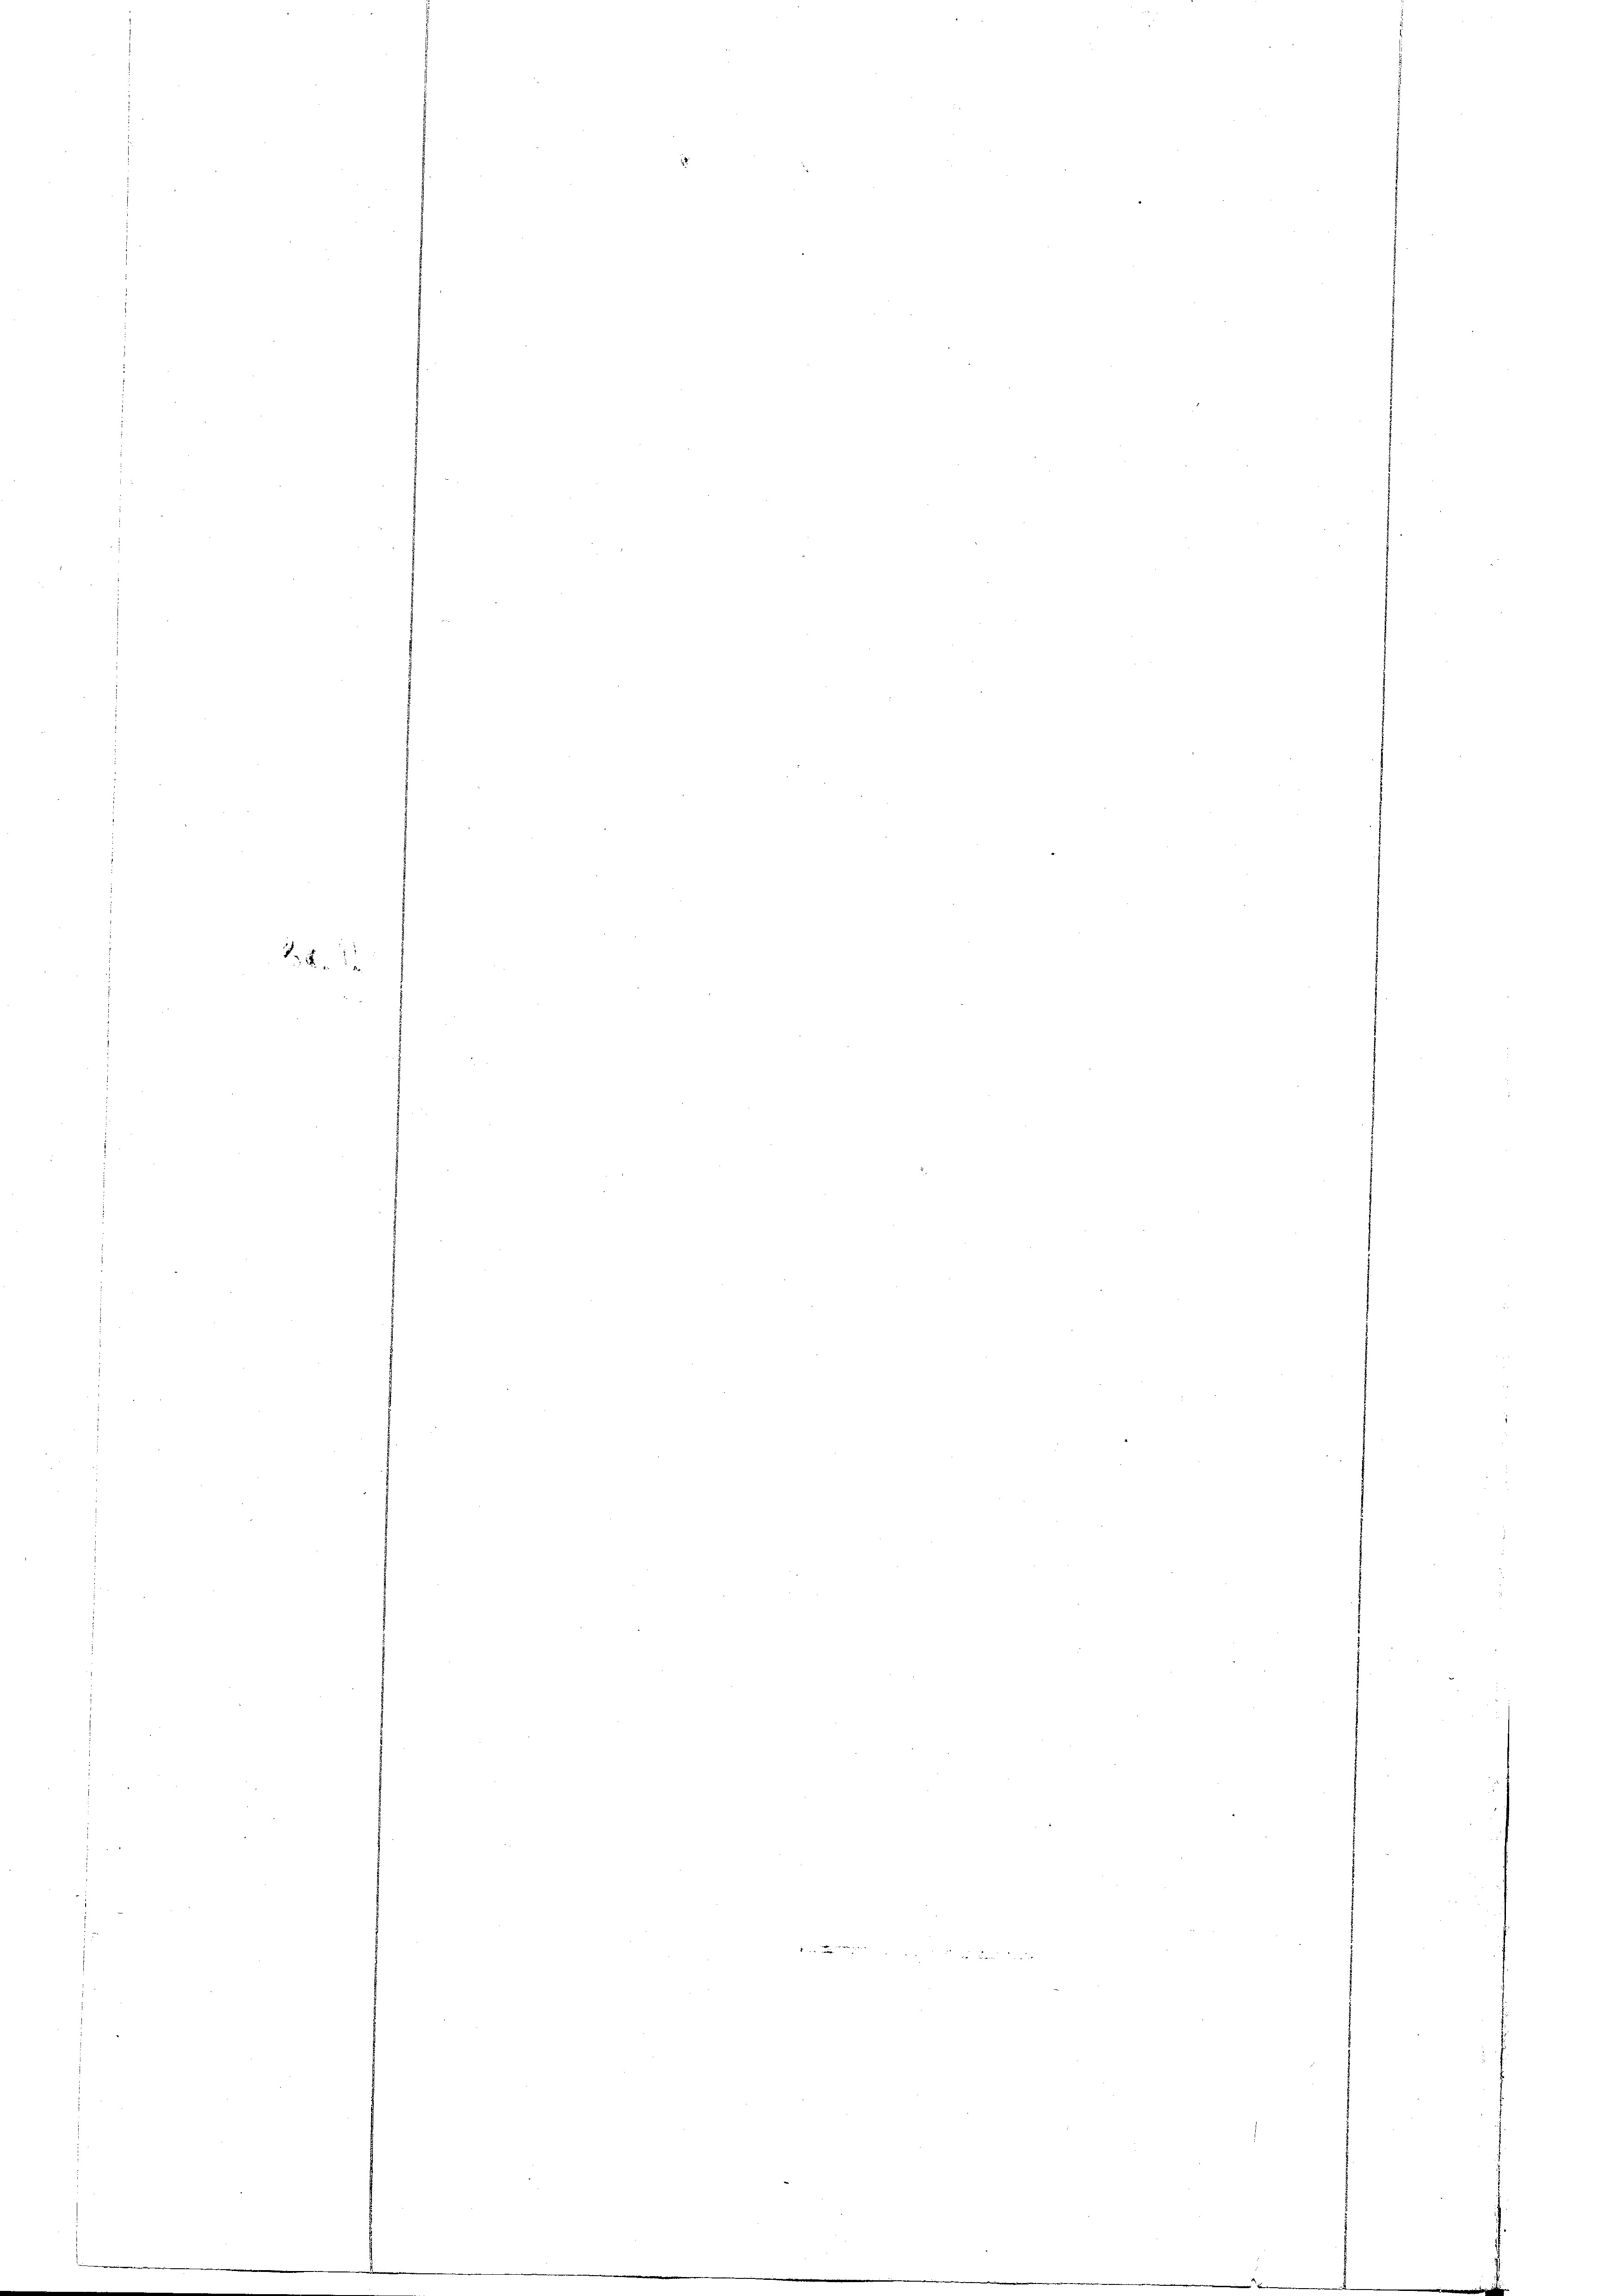
28. J